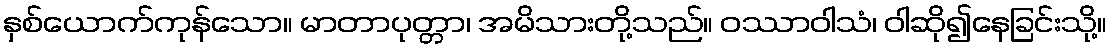
နှစ်ယောက်ကုန်သော။ မာတာပုတ္တာ၊ အမိသားတို့သည်။ ဝဿာဝါသံ၊ ဝါဆို၍နေခြင်းသို့။